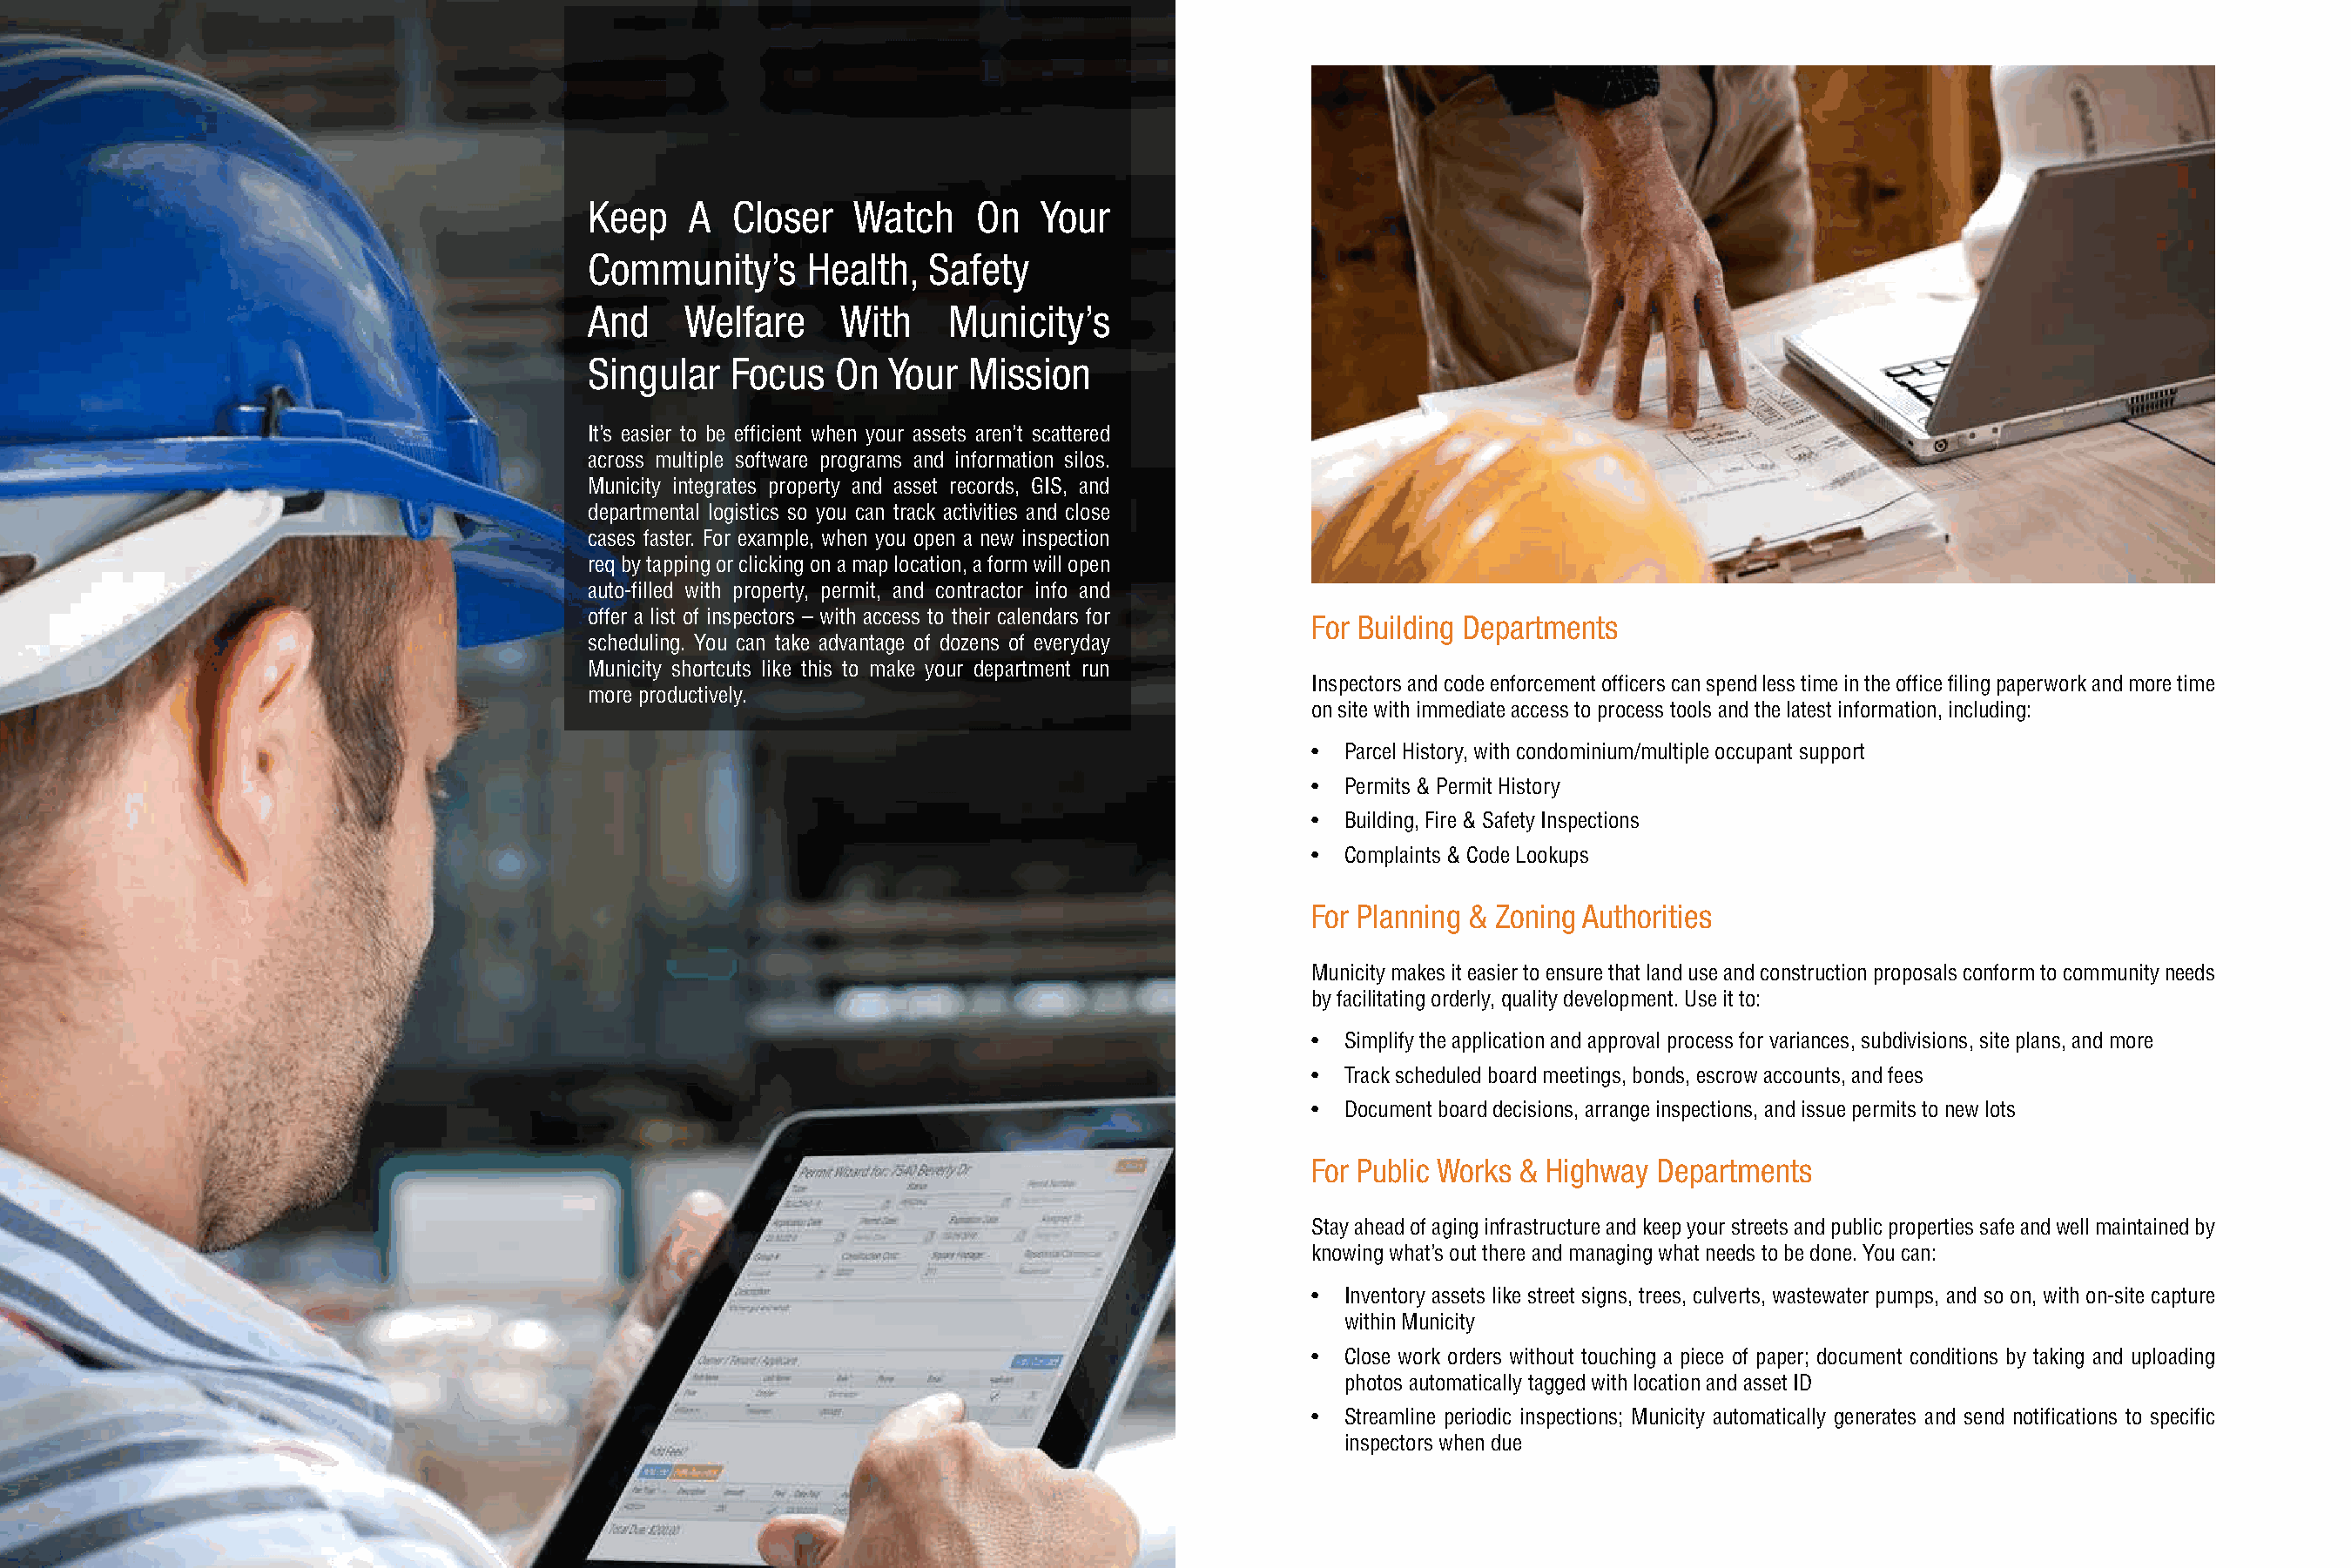
Keep   A   Closer   Watch    On   Your
 Community’s     Health,   Safety
 And    Welfare     With    Municity’s
 Singular   Focus  On   Your  Mission
 It’s easier to be efficient when your assets aren’t scattered
 across multiple software programs and information silos.
 Municity integrates property and asset records, GIS, and
 departmental logistics so you can track activities and close
 cases faster. For example, when you open a new inspection
 req by tapping or clicking on a map location, a form will open
 auto-filled with property, permit, and contractor info and
 offer a list of inspectors – with access to their calendars for For Building Departments
 scheduling. You can take advantage of dozens of everyday
 Municity shortcuts like this to make your department run
 Inspectors and code enforcement officers can spend less time in the office filing paperwork and more time
 more productively.
 on site with immediate access to process tools and the latest information, including:
 • Parcel History, with condominium/multiple occupant support
 • Permits & Permit History
 • Building, Fire & Safety Inspections
 • Complaints & Code Lookups
 For Planning & Zoning Authorities
 Municity makes it easier to ensure that land use and construction proposals conform to community needs
 by facilitating orderly, quality development. Use it to:
 • Simplify the application and approval process for variances, subdivisions, site plans, and more
 • Track scheduled board meetings, bonds, escrow accounts, and fees
 • Document board decisions, arrange inspections, and issue permits to new lots
 For Public Works & Highway Departments
 Stay ahead of aging infrastructure and keep your streets and public properties safe and well maintained by
 knowing what’s out there and managing what needs to be done. You can:
 • Inventory assets like street signs, trees, culverts, wastewater pumps, and so on, with on-site capture
 within Municity
 • Close work orders without touching a piece of paper; document conditions by taking and uploading
 photos automatically tagged with location and asset ID
 • Streamline periodic inspections; Municity automatically generates and send notifications to specific
 inspectors when due